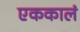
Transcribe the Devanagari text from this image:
एककालं